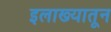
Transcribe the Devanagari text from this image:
इलाख्यातून